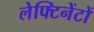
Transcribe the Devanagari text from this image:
लेफ्टिनेंटों